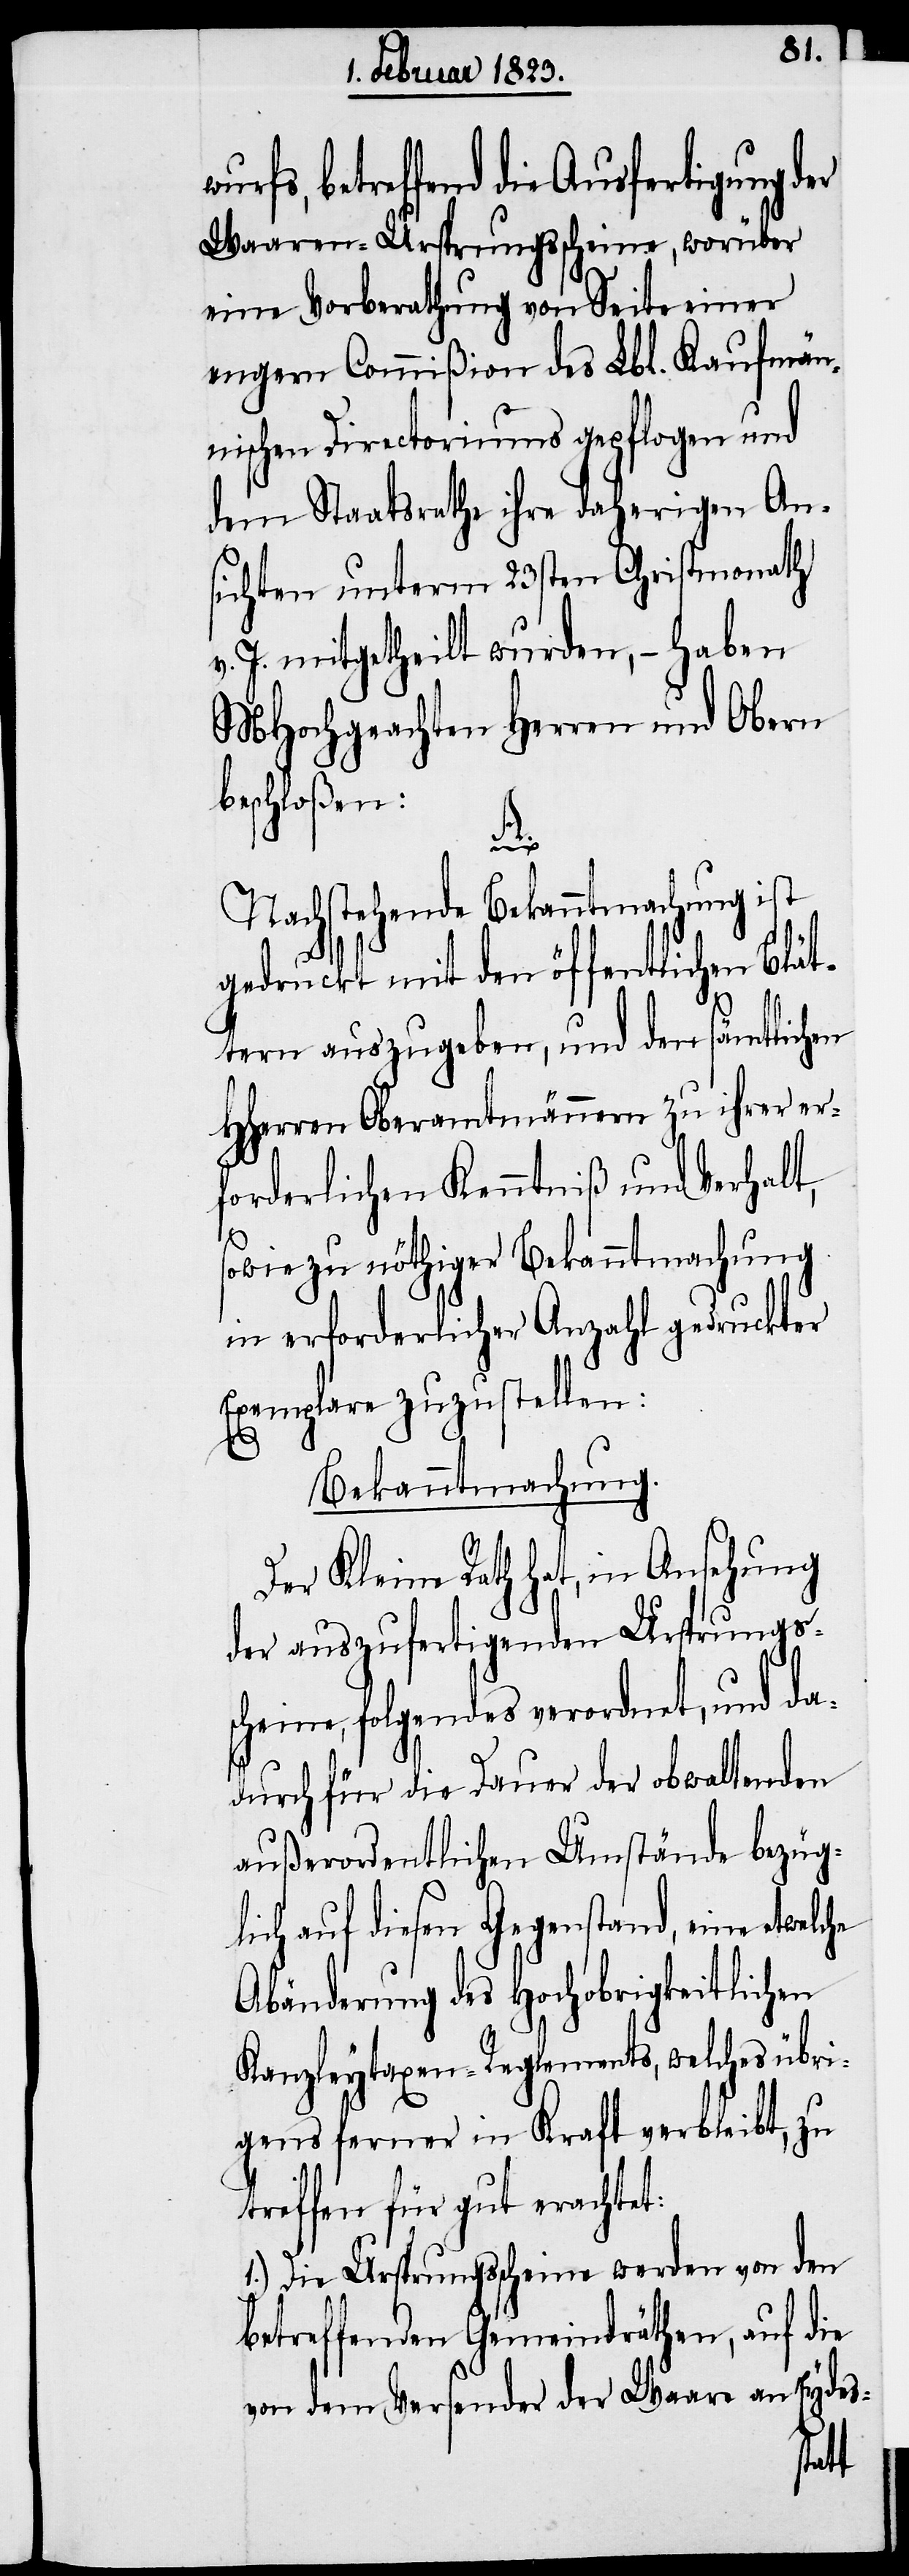
betreffend die Ausfertigung der
Waaren-Ursprungsscheine, worüber
eine Vorberathung von Seite einer
engern Commißion des Lbl. Kaufmän¬
nischen Directoriums gepflogen und
dem Staatsrathe ihre daherigen An¬
sichten unterm 23sten Christmonath
J. mitgetheilt wurden, – haben
MHochgeachten Herren und Obern
beschloßen:
A.
Nachstehende Bekanntmachung ist
gedruckt mit den öffentlichen Blät¬
tern auszugeben, und den sämtlichen
HHerren Oberamtmännern zu ihrer er¬
forderlichen Kenntniß und Verhalt,
sowie zu nöthiger Bekanntmachung
in erforderlicher Anzahl gedruckter
Exemplare zuzustellen:
Bekanntmachung.
Der Kleine Rath hat, in Ansehung
der auszufertigenden Ursprungss¬
cheine, folgendes verordnet, und da¬
durch für die Dauer der obwaltenden
außerordentlichen Umstände bezüg¬
lich auf diesen Gegenstand, eine etwe¬
Abänderung des Hochobrigkeitlichen
Kanzleytaxen-Reglements, welches übri¬
gens ferner in Kraft verbleibt, zu
treffen für gut erachtet:
1.) Die Ursprungsscheine werden von den
betreffenden Gemeindräthen, auf die
von dem Versender der Waare an Eydes-
lche